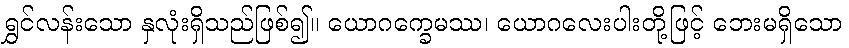
ရွှင်လန်းသော နှလုံးရှိသည်ဖြစ်၍။ ယောဂက္ခေမဿ၊ ယောဂလေးပါးတို့ဖြင့် ဘေးမရှိသော